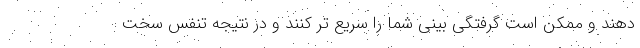
دهند و ممکن است گرفتگی بینی شما را سریع تر کنند و در نتیجه تنفس سخت